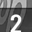
Digit: 2